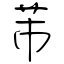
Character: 芾